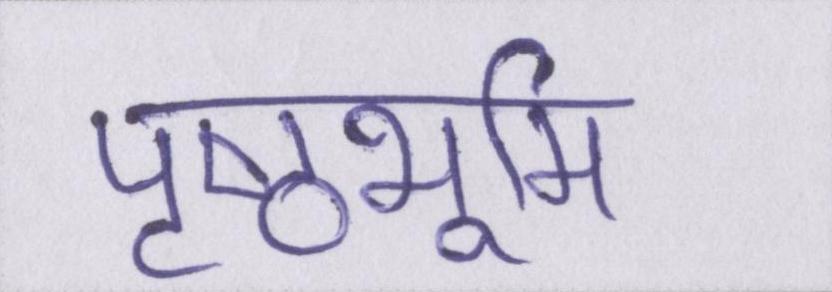
पृष्ठभूमि